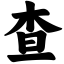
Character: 查